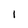
Character: I